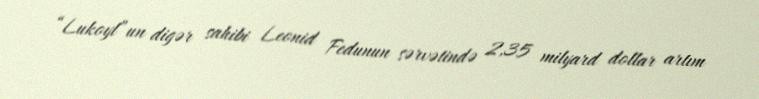
“Lukoyl”un digər sahibi Leonid Fedunun sərvətində 2,35 milyard dollar artım